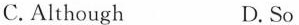
C. Although D. So